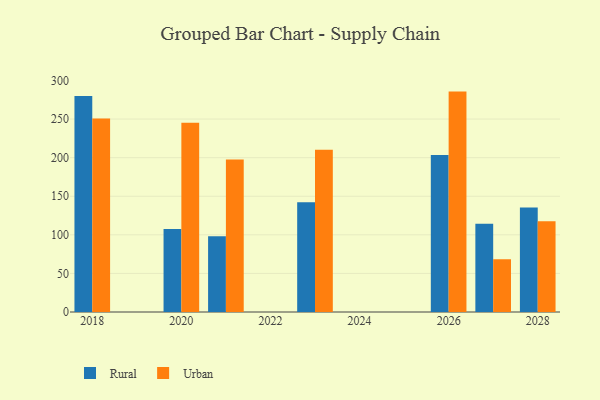
{"axis": {"x": "Year", "y": "Inventory Turnover"}, "legend": ["Rural", "Urban"], "data": [{"x": "2020", "y": 107.6, "type": "Rural"}, {"x": "2020", "y": 245.2, "type": "Urban"}, {"x": "2018", "y": 279.8, "type": "Rural"}, {"x": "2018", "y": 250.6, "type": "Urban"}, {"x": "2021", "y": 98.2, "type": "Rural"}, {"x": "2021", "y": 197.7, "type": "Urban"}, {"x": "2023", "y": 142.2, "type": "Rural"}, {"x": "2023", "y": 210.2, "type": "Urban"}, {"x": "2027", "y": 114.2, "type": "Rural"}, {"x": "2027", "y": 68.5, "type": "Urban"}, {"x": "2026", "y": 203.3, "type": "Rural"}, {"x": "2026", "y": 285.6, "type": "Urban"}, {"x": "2028", "y": 135.4, "type": "Rural"}, {"x": "2028", "y": 117.5, "type": "Urban"}]}